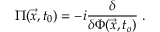
\Pi ( \vec { x } , t _ { 0 } ) = - i \frac { \delta } { \delta \Phi ( \vec { x } , t _ { o } ) } \; .